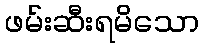
ဖမ်းဆီးရမိသော